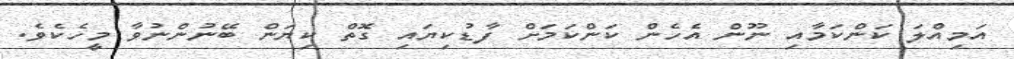
އަމިއްލަ ކަންކަމާއި ނޫން އެހެން ކަންކަމަށް ފާޑުކިޔައި ގޮތް ކިޔަން ބޭނުންނުވާ މީހެކެވެ.